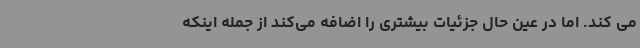
می کند. اما در عین حال جزئیات بیشتری را اضافه می‌کند از جمله اینکه